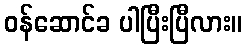
ဝန်ဆောင်ခ ပါပြီးပြီလား။